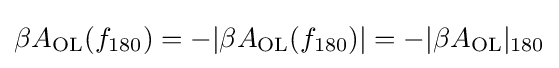
\beta A_{\text{OL}}(f_{180})=-|\beta A_{\text{OL}}(f_{180})|=-|\beta A_{\text{OL}}|_{180}